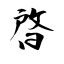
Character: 晵